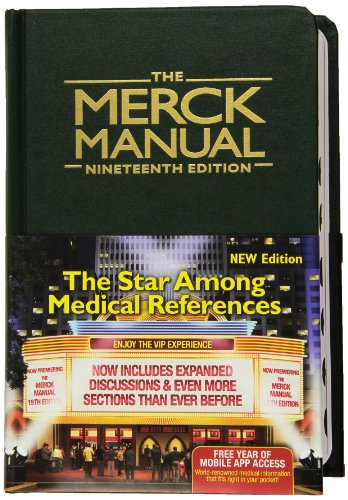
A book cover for The Merck Manual; Medical Books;